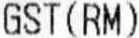
GST(RM)